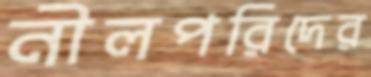
নীলপরিদের